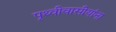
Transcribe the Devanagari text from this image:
पृथ्वीवासीयांना